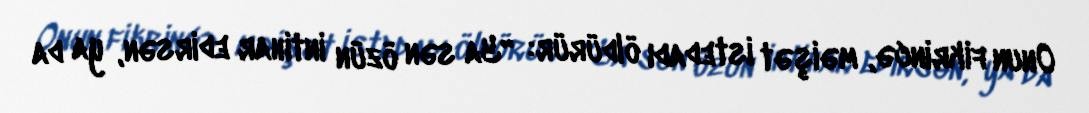
Onun fikrincə, məişət istedadı öldürür: “Ya sən özün intihar edirsən, ya da